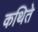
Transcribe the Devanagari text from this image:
कथिते